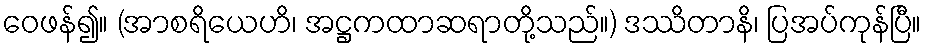
ဝေဖန်၍။ (အာစရိယေဟိ၊ အဋ္ဌကထာဆရာတို့သည်။) ဒဿိတာနိ၊ ပြအပ်ကုန်ပြီ။